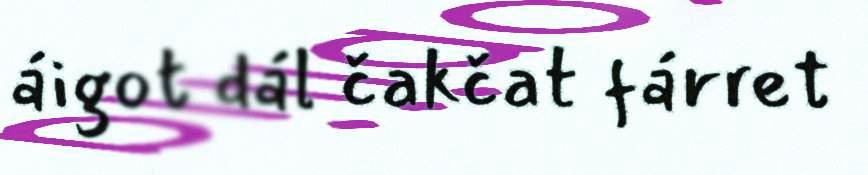
áigot dál čakčat fárret